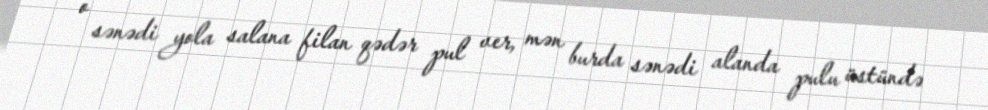
o sənədi yola salana filan qədər pul ver, mən burda sənədi alanda pulu üstündə